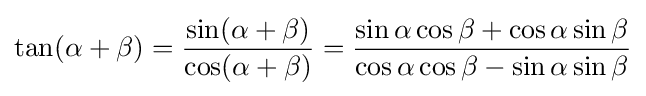
\tan(\alpha +\beta )={\frac {\sin(\alpha +\beta )}{\cos(\alpha +\beta )}}={\frac {\sin \alpha \cos \beta +\cos \alpha \sin \beta }{\cos \alpha \cos \beta -\sin \alpha \sin \beta }}